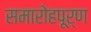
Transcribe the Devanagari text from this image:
समारोहपूर्ण